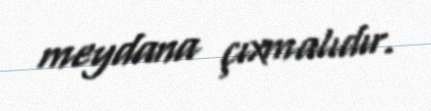
meydana çıxmalıdır.